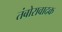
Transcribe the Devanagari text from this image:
तंबोरावादक